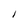
Character: I